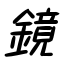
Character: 鏡